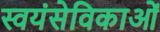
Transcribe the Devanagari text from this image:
स्वयंसेविकाओं